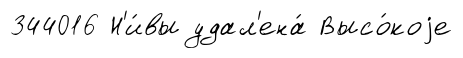
344016 Н'и́вы удал'ена́ Высо́коjе